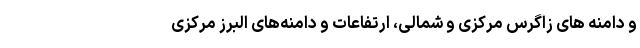
و دامنه های زاگرس مرکزی و شمالی، ارتفاعات و دامنه‌های البرز مرکزی